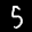
Label: 5